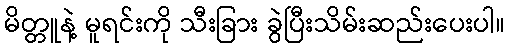
မိတ္တူနဲ့ မူရင်းကို သီးခြား ခွဲပြီးသိမ်းဆည်းပေးပါ။